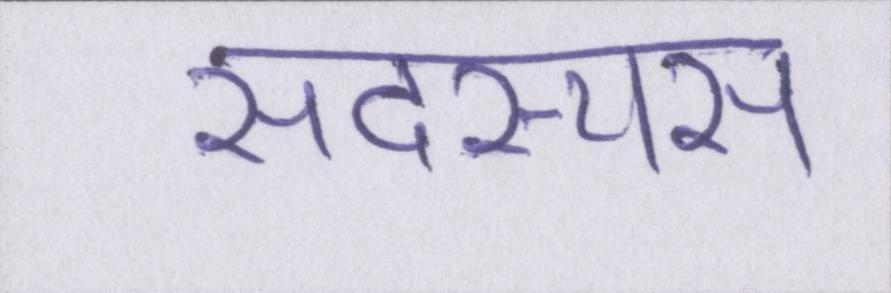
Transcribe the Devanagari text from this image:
सदस्यस